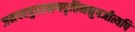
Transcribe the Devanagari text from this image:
जनपदपुररक्षणवृत्तिमनुपजीत्यपि